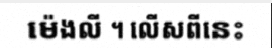
ម៉េងលី ។ លើសពីនេះ